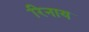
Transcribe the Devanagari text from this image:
रिनाय